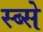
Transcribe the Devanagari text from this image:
स्ब्से